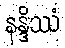
နန္ဒိဿံ